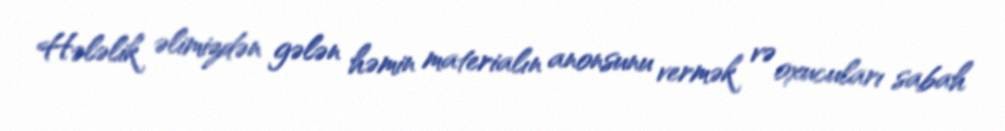
Hələlik əlimizdən gələn həmin materialın anonsunu vermək və oxucuları sabah